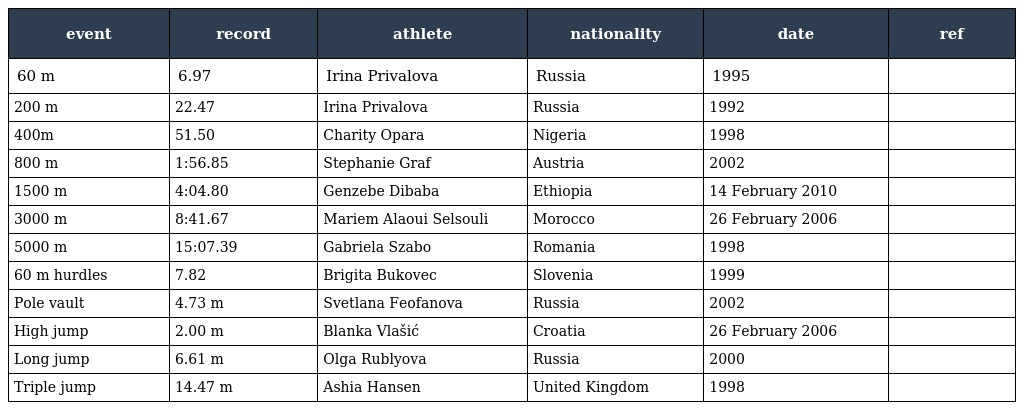
| event | record | athlete | nationality | date | ref |
 | --- | --- | --- | --- | --- | --- |
 | 60 m | 6.97 | Irina Privalova | Russia | 1995 |  |
 | 200 m | 22.47 | Irina Privalova | Russia | 1992 |  |
 | 400m | 51.50 | Charity Opara | Nigeria | 1998 |  |
 | 800 m | 1:56.85 | Stephanie Graf | Austria | 2002 |  |
 | 1500 m | 4:04.80 | Genzebe Dibaba | Ethiopia | 14 February 2010 |  |
 | 3000 m | 8:41.67 | Mariem Alaoui Selsouli | Morocco | 26 February 2006 |  |
 | 5000 m | 15:07.39 | Gabriela Szabo | Romania | 1998 |  |
 | 60 m hurdles | 7.82 | Brigita Bukovec | Slovenia | 1999 |  |
 | Pole vault | 4.73 m | Svetlana Feofanova | Russia | 2002 |  |
 | High jump | 2.00 m | Blanka Vlašić | Croatia | 26 February 2006 |  |
 | Long jump | 6.61 m | Olga Rublyova | Russia | 2000 |  |
 | Triple jump | 14.47 m | Ashia Hansen | United Kingdom | 1998 |  |